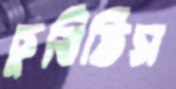
চুষিতিস